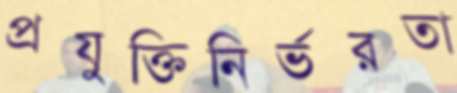
প্রযুক্তিনির্ভরতা